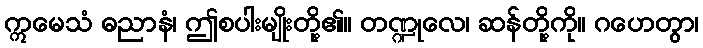
ဣမေသံ ဓညာနံ၊ ဤစပါးမျိုးတို့၏။ တဏ္ဍုလေ၊ ဆန်တို့ကို။ ဂဟေတွာ၊